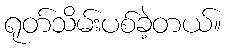
ရုတ်သိမ်းပစ်ခဲ့တယ်။